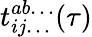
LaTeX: t_{ij\dots}^{ab\dots}(\tau)